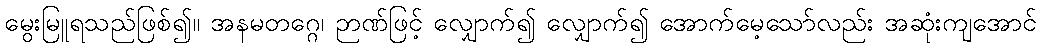
မွေးမြူရသည်ဖြစ်၍။ အနမတဂ္ဂေ၊ ဉာဏ်ဖြင့် လျှောက်၍ လျှောက်၍ အောက်မေ့သော်လည်း အဆုံးကျအောင်